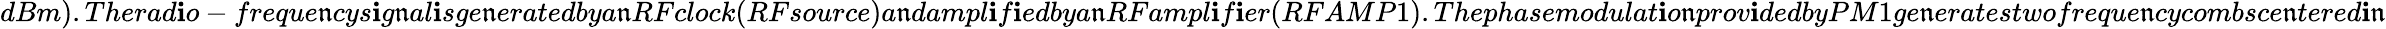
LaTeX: dBm).Therad\mathbf{i}o-freque\mathfrak{n}cys\mathbf{i}g\mathfrak{n}al\mathbf{i}sge\mathfrak{n}eratedbya\mathfrak{n}RFclock(RFsource)a\mathfrak{n}dampl\mathbf{i}f\mathbf{i}edbya\mathfrak{n}RFampl\mathbf{i}f\mathbf{i}er(RFAMP1).Thephasemodulat\mathbf{i}o\mathfrak{n}prov\mathbf{i}dedbyPM1ge\mathfrak{n}eratestwofreque\mathfrak{n}cycombsce\mathfrak{n}tered\mathbf{i}\mathfrak{n}